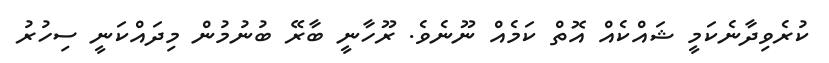
ކުރެވިދާނެކަމީ ޝައްކެއް އޮތް ކަމެއް ނޫނެވެ. ރޫހާނީ ބާރޭ ބުނުމުން މިދައްކަނީ ސިހުރު